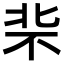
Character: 𪟪